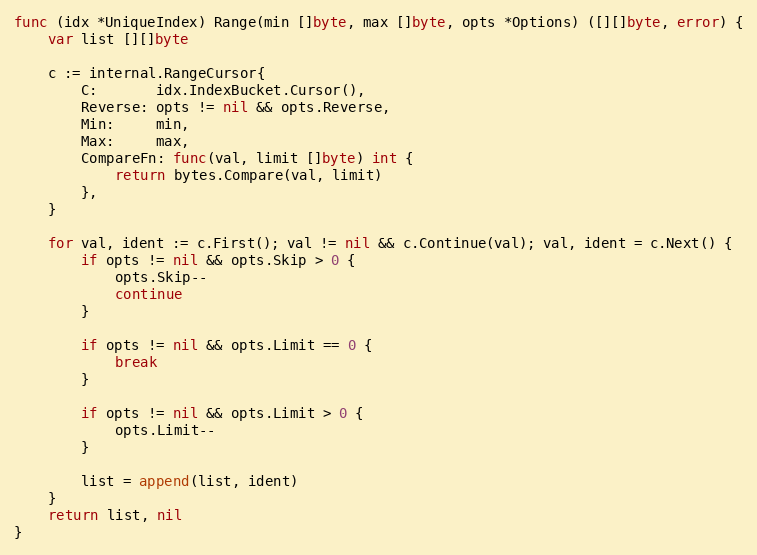
Language: Go
func (idx *UniqueIndex) Range(min []byte, max []byte, opts *Options) ([][]byte, error) {
	var list [][]byte

	c := internal.RangeCursor{
		C:       idx.IndexBucket.Cursor(),
		Reverse: opts != nil && opts.Reverse,
		Min:     min,
		Max:     max,
		CompareFn: func(val, limit []byte) int {
			return bytes.Compare(val, limit)
		},
	}

	for val, ident := c.First(); val != nil && c.Continue(val); val, ident = c.Next() {
		if opts != nil && opts.Skip > 0 {
			opts.Skip--
			continue
		}

		if opts != nil && opts.Limit == 0 {
			break
		}

		if opts != nil && opts.Limit > 0 {
			opts.Limit--
		}

		list = append(list, ident)
	}
	return list, nil
}